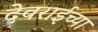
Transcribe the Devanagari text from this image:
देवराईच्या